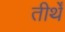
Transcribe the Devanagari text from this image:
तीर्थें